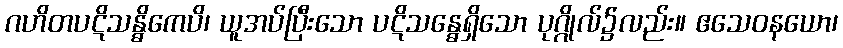
ဂဟိတပဋိသန္ဓိကေပိ၊ ယူအပ်ပြီးသော ပဋိသန္ဓေရှိသော ပုဂ္ဂိုလ်၌လည်း။ ဧသေဝနယော၊